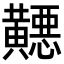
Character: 𬹓